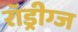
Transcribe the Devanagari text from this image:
रॉड्रीग्ज